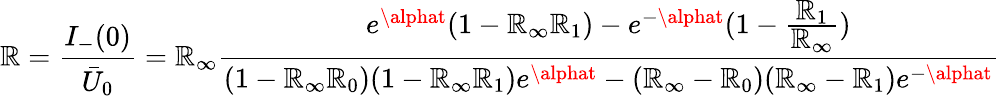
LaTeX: \mathbb{R}=\frac{{I_{-}(0)}}{{\bar{{U}}_{0}}}=\mathbb{R}_{\infty}\frac{{e^{\alphat}(1-\mathbb{R}_{\infty}\mathbb{R}_{1})-e^{-\alphat}(1-\frac{{\displaystyle\mathbb{R}_{1}}}{{\displaystyle\mathbb{R}_{\infty}}})}}{{(1-\mathbb{R}_{\infty}\mathbb{R}_{0})(1-\mathbb{R}_{\infty}\mathbb{R}_{1})e^{\alphat}-(\mathbb{R}_{\infty}-\mathbb{R}_{0})(\mathbb{R}_{\infty}-\mathbb{R}_{1})e^{-\alphat}}}